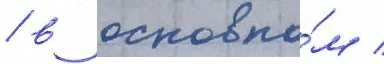
/ в основно́м /